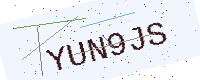
Text: YUN9JS